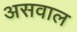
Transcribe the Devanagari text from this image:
असवाल